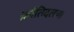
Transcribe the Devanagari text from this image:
क्रांतिदलचा